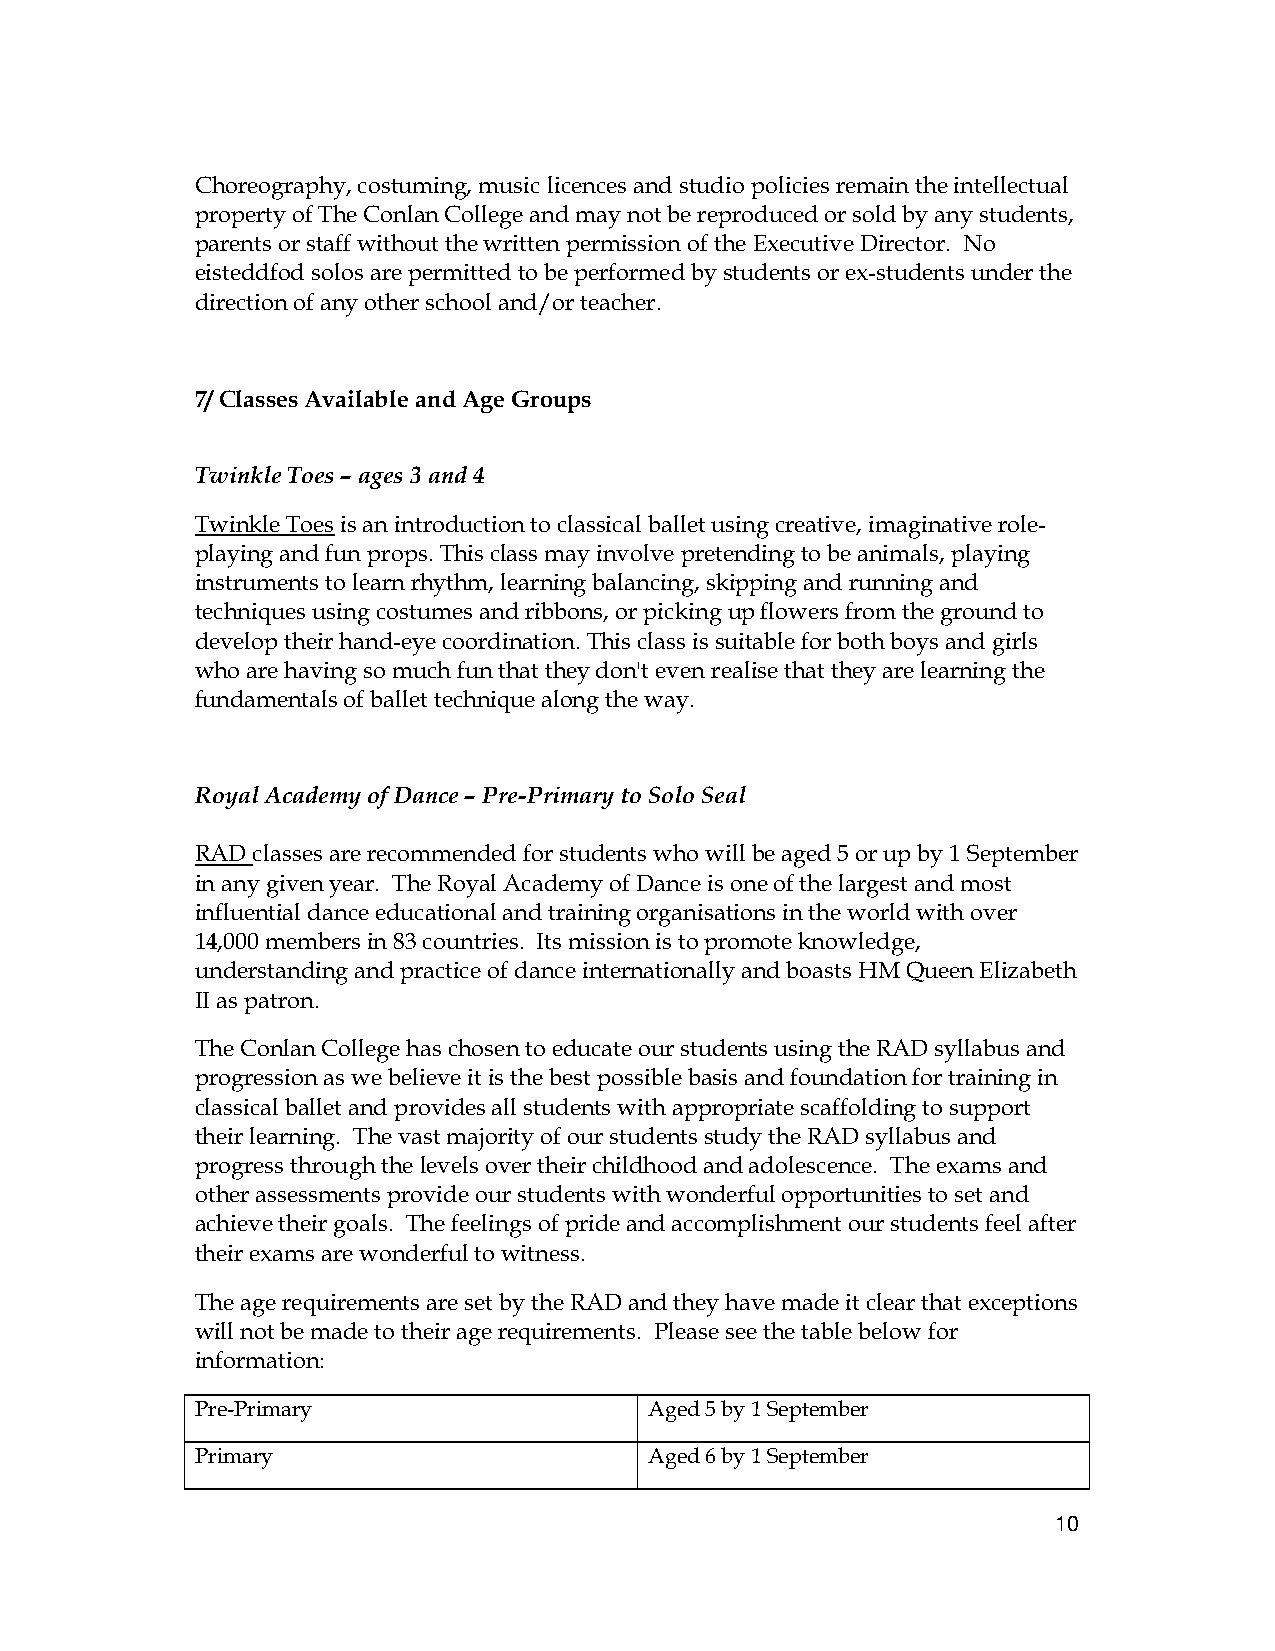
Choreography, costuming, music licences and studio policies remain the intellectual
 property of The Conlan College and may not be reproduced or sold by any students,
 parents or staff without the written permission of the Executive Director. No
 eisteddfod solos are permitted to be performed by students or ex-students under the
 direction of any other school and/or teacher.
 7/ Classes Available and Age Groups
 Twinkle Toes – ages 3 and 4
 Twinkle Toes is an introduction to classical ballet using creative, imaginative role-
 playing and fun props. This class may involve pretending to be animals, playing
 instruments to learn rhythm, learning balancing, skipping and running and
 techniques using costumes and ribbons, or picking up flowers from the ground to
 develop their hand-eye coordination. This class is suitable for both boys and girls
 who are having so much fun that they don't even realise that they are learning the
 fundamentals of ballet technique along the way.
 Royal Academy of Dance – Pre-Primary to Solo Seal
 RAD classes are recommended for students who will be aged 5 or up by 1 September
 in any given year. The Royal Academy of Dance is one of the largest and most
 influential dance educational and training organisations in the world with over
 14,000 members in 83 countries. Its mission is to promote knowledge,
 understanding and practice of dance internationally and boasts HM Queen Elizabeth
 II as patron.
 The Conlan College has chosen to educate our students using the RAD syllabus and
 progression as we believe it is the best possible basis and foundation for training in
 classical ballet and provides all students with appropriate scaffolding to support
 their learning. The vast majority of our students study the RAD syllabus and
 progress through the levels over their childhood and adolescence. The exams and
 other assessments provide our students with wonderful opportunities to set and
 achieve their goals. The feelings of pride and accomplishment our students feel after
 their exams are wonderful to witness.
 The age requirements are set by the RAD and they have made it clear that exceptions
 will not be made to their age requirements. Please see the table below for
 information:
 Pre-Primary                   Aged 5 by 1 September
 Primary                       Aged 6 by 1 September
 10